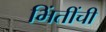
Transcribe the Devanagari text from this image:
भिंतींची